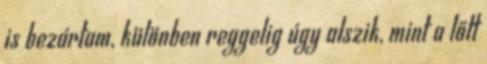
is bezártam, különben reggelig úgy alszik, mint a lőtt